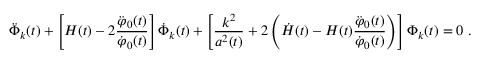
\ddot { \Phi } _ { k } ( t ) + \left[ H ( t ) - 2 \frac { \ddot { \varphi } _ { 0 } ( t ) } { \dot { \varphi } _ { 0 } ( t ) } \right] \dot { \Phi } _ { k } ( t ) + \left[ \frac { k ^ { 2 } } { a ^ { 2 } ( t ) } + 2 \left( \dot { H } ( t ) - H ( t ) \frac { \ddot { \varphi } _ { 0 } ( t ) } { \dot { \varphi } _ { 0 } ( t ) } \right) \right] \Phi _ { k } ( t ) = 0 \; .